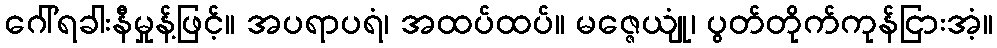
ဂေါ်ရခါးနီမှုန့်ဖြင့်။ အပရာပရံ၊ အထပ်ထပ်။ မဇ္ဇေယျုံ၊ ပွတ်တိုက်ကုန်ငြားအံ့။